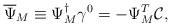
LaTeX: \begin{align*} \overline{\Psi}_M \equiv \Psi_M^{\dagger} \gamma^0 = - \Psi_M^T \mathcal{C} ,\end{align*}